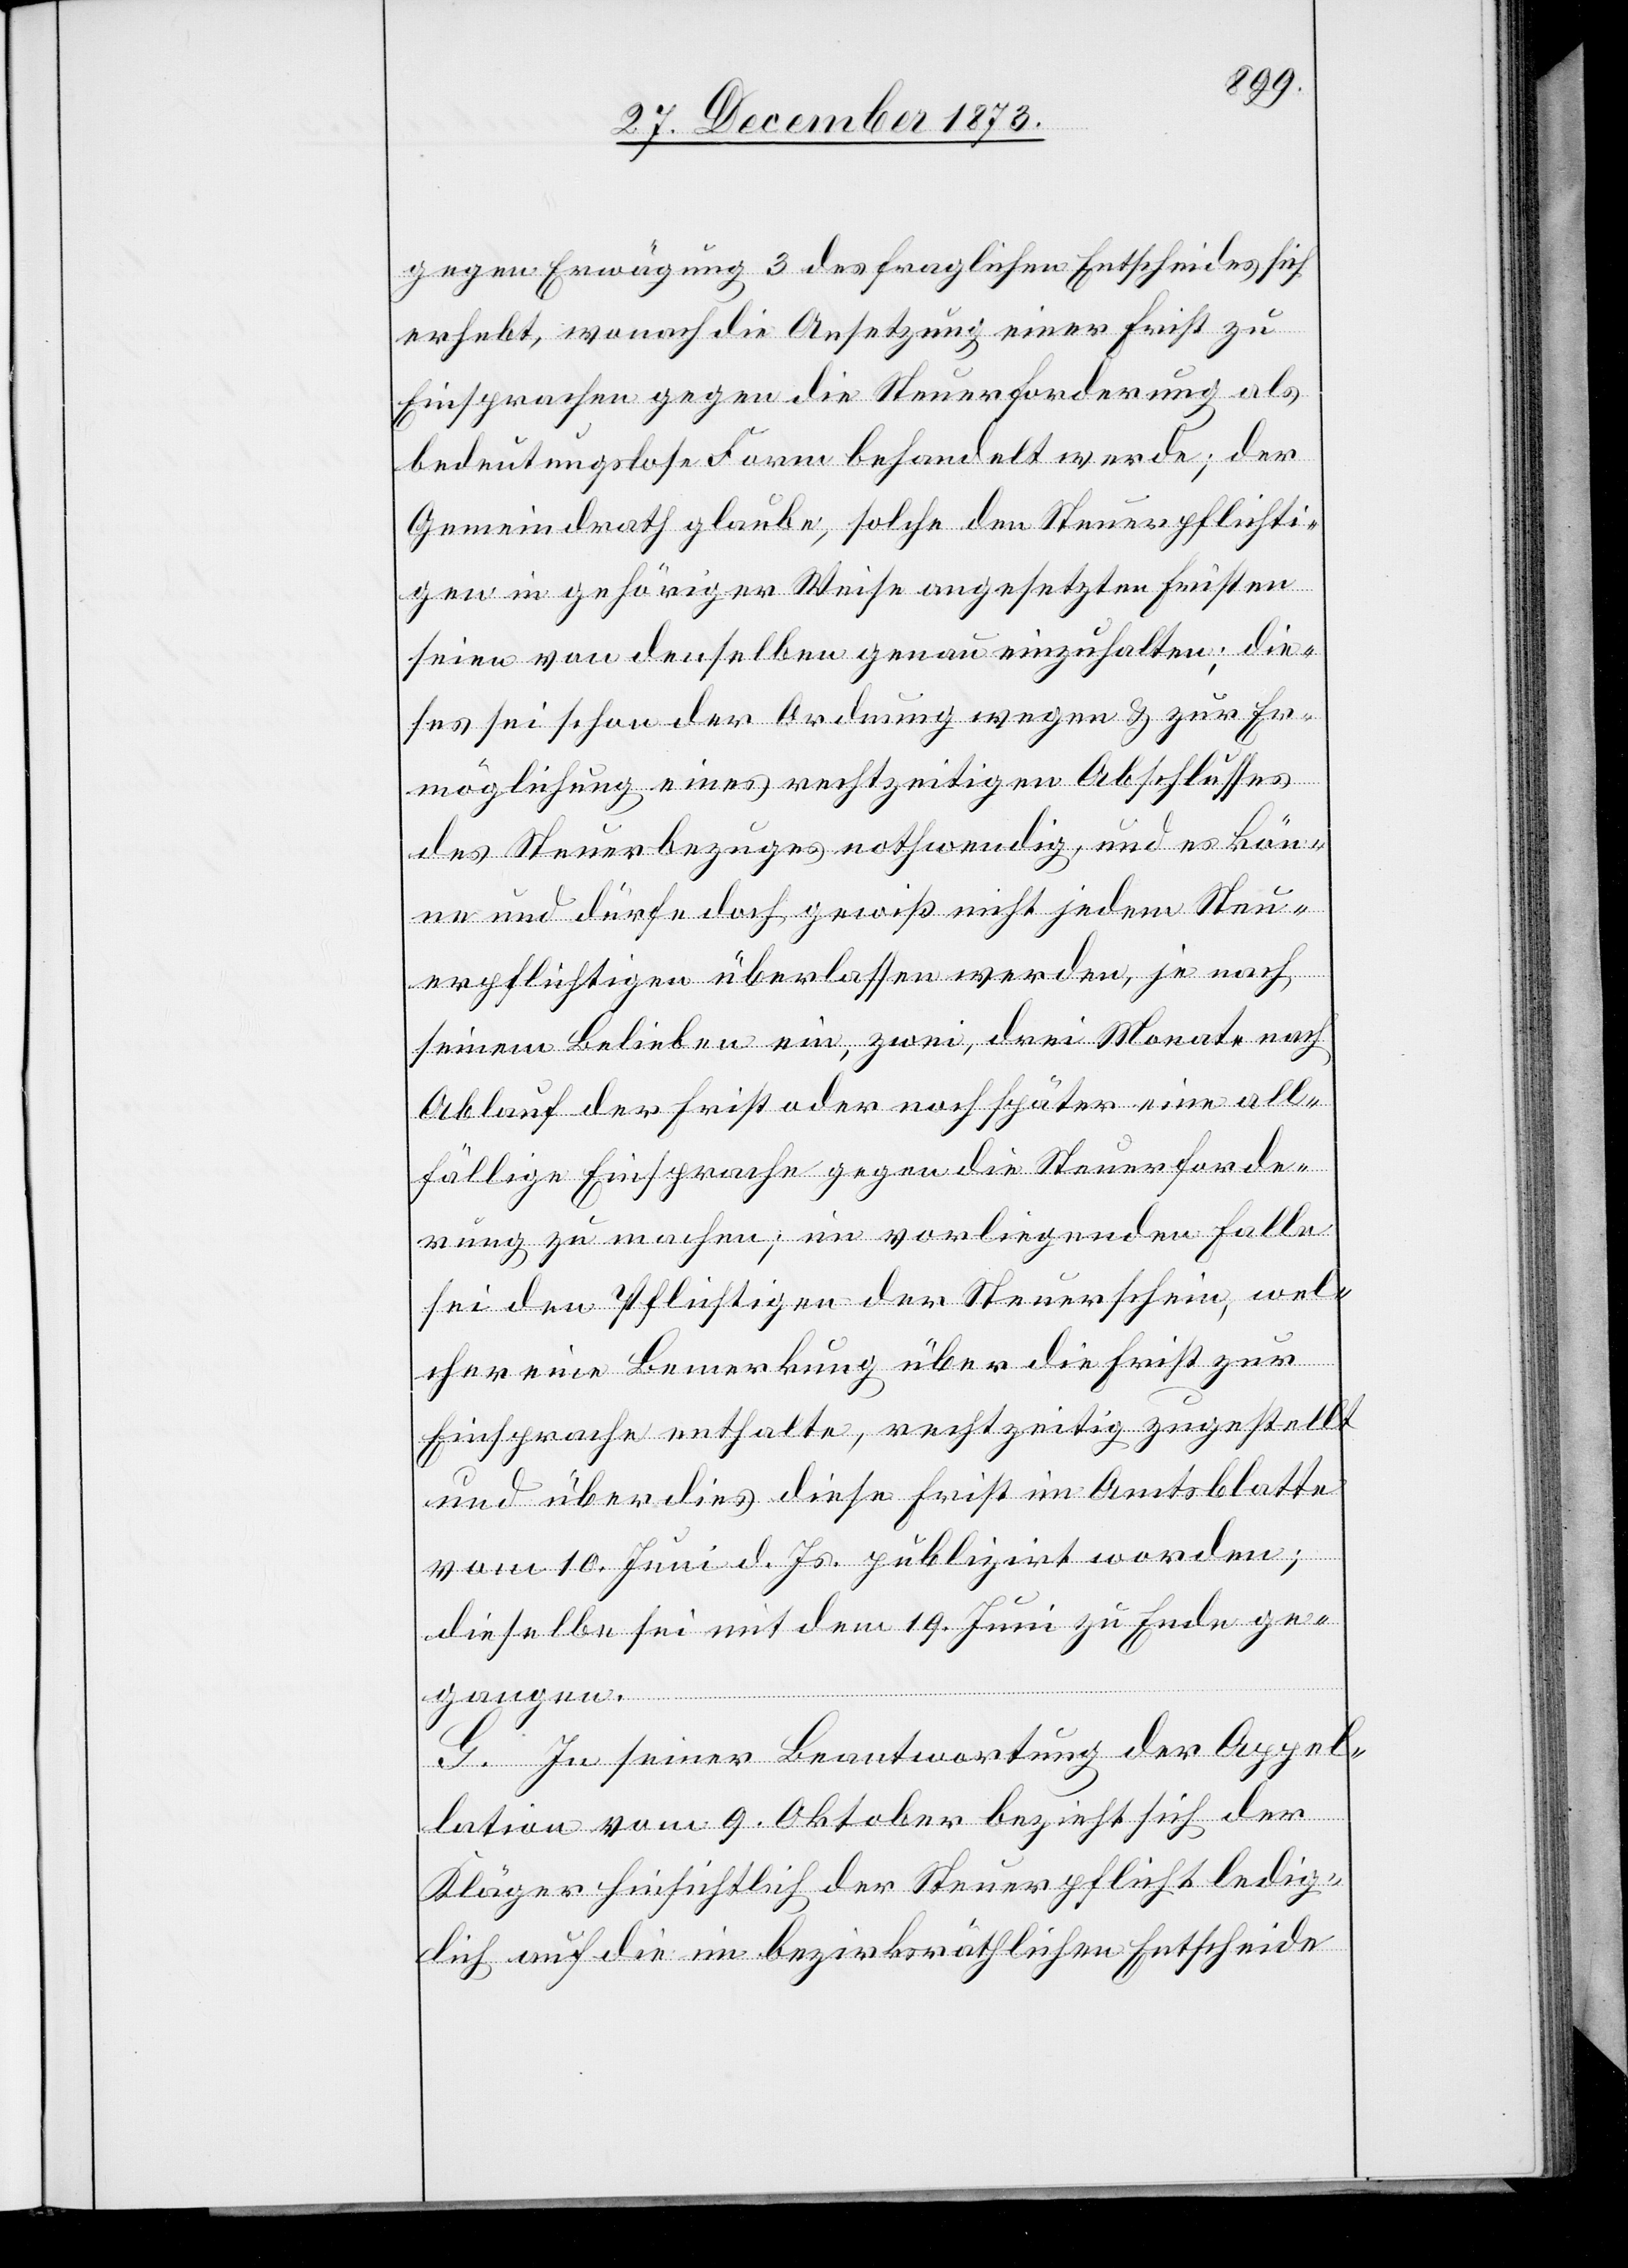
gegen Erwägung 3 des fraglichen Entscheides sich
erhebt, wonach die Ansetzung einer Frist zu
Einsprachen gegen die Steuerforderung als
bedeutungslose Form behandelt werde; der
Gemeindrath glaube, solche den Steuerpflichti¬
gen in gehöriger Weise angesetzten Fristen
seien von denselben genau einzuhalten; die¬
ses sei schon der Ordnung wegen & zur Er¬
möglichung eines rechtzeitigen Abschlusses
des Steuerbezuges nothwendig, und es kön¬
ne und dürfe doch gewiß nicht jedem Steu¬
erpflichtigen überlassen werden, je nach
seinem Belieben ein, zwei, drei Monate nach
Ablauf der Frist oder noch später eine all¬
fällige Einsprache gegen die Steuerforde¬
rung zu machen; im vorliegenden Falle
sei den Pflichtigen der Steuerschein, wel¬
cher eine Bemerkung über die Frist zur
Einsprache enthalte, rechtzeitig zugestellt
und überdies diese Frist im Amtsblatte
vom 10. Juni d. Js. publizirt worden;
dieselbe sei mit dem 19. Juni zu Ende ge¬
gangen.
G. In seiner Beantwortung der Appel¬
lation vom 9. Oktober bezieht sich der
Kläger hinsichtlich der Steuerpflicht ledig¬
lich auf die im bezirksräthlichen Entscheide